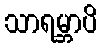
သာရမ္ဘာပိ